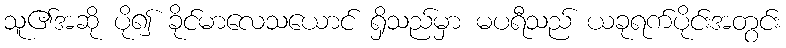
သူ၏အဆို ပို၍ ခိုင်မာလေသယောင် ရှိသည်မှာ မပရီသည် ယခုရက်ပိုင်းအတွင်း